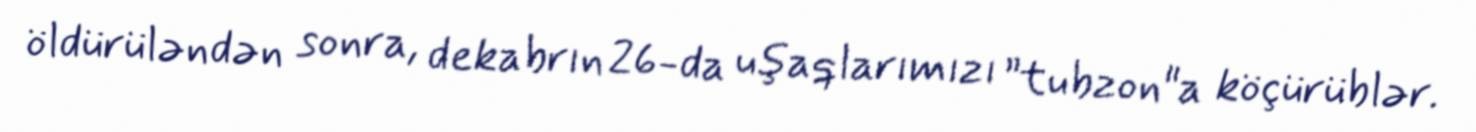
öldürüləndən sonra, dekabrın 26-da uşaqlarımızı ”tubzon"a köçürüblər.